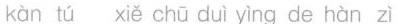
kàn tú xiě chū duì yìng de hàn zì